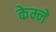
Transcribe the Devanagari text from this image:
केम्ने